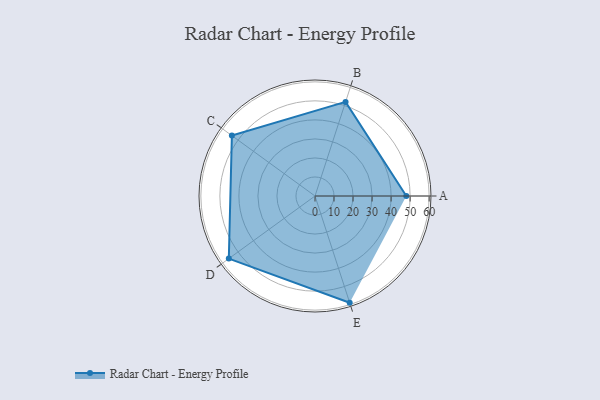
{"axis": {"x": "Skill", "y": "Score"}, "legend": ["Profile"], "data": [{"x": "A", "y": 48.0, "type": "Profile"}, {"x": "B", "y": 52.0, "type": "Profile"}, {"x": "C", "y": 54.0, "type": "Profile"}, {"x": "D", "y": 56.0, "type": "Profile"}, {"x": "E", "y": 59.0, "type": "Profile"}]}